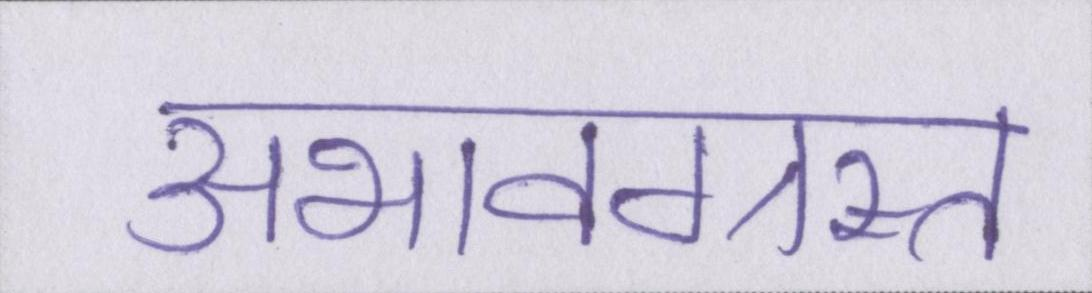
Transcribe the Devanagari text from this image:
अभावग्रस्त